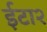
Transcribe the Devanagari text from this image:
ईटा२